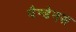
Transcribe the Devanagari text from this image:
पैन्डेनस